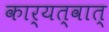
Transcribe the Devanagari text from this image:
कार्यत्वात्